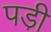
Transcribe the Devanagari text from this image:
पडी़